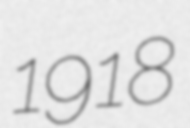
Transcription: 1918